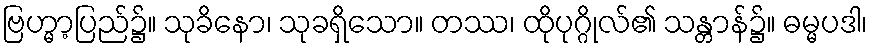
ဗြဟ္မာ့ပြည်၌။ သုခိနော၊ သုခရှိသော။ တဿ၊ ထိုပုဂ္ဂိုလ်၏ သန္တာန်၌။ ဓမ္မပဒါ၊